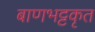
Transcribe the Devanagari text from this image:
बाणभट्टकृत